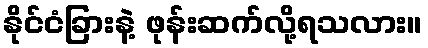
နိုင်ငံခြားနဲ့ ဖုန်းဆက်လို့ရသလား။